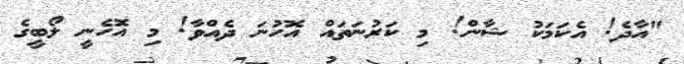
"އާދެ! އެކަމަކު ޝާން! މި ކަރުނަތައް އޮހުނަ ދެއްވާ! މި އޮހެނީ ލޯބީގެ